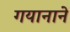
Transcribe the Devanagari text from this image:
गयानाने